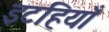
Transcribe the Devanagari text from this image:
इटहियाँ